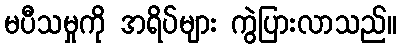
မပီသမှုကို အရိပ်များ ကွဲပြားလာသည်။